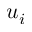
u _ { i }